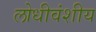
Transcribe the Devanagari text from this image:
लोधीवंशीय